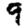
Digit: 9